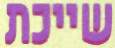
שייכת